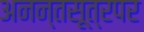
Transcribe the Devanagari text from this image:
अनन्तसूत्रपर